Civil Veterinary Department. Madras. Admin. report 1926-33 - 1926-1933
Year: 1926
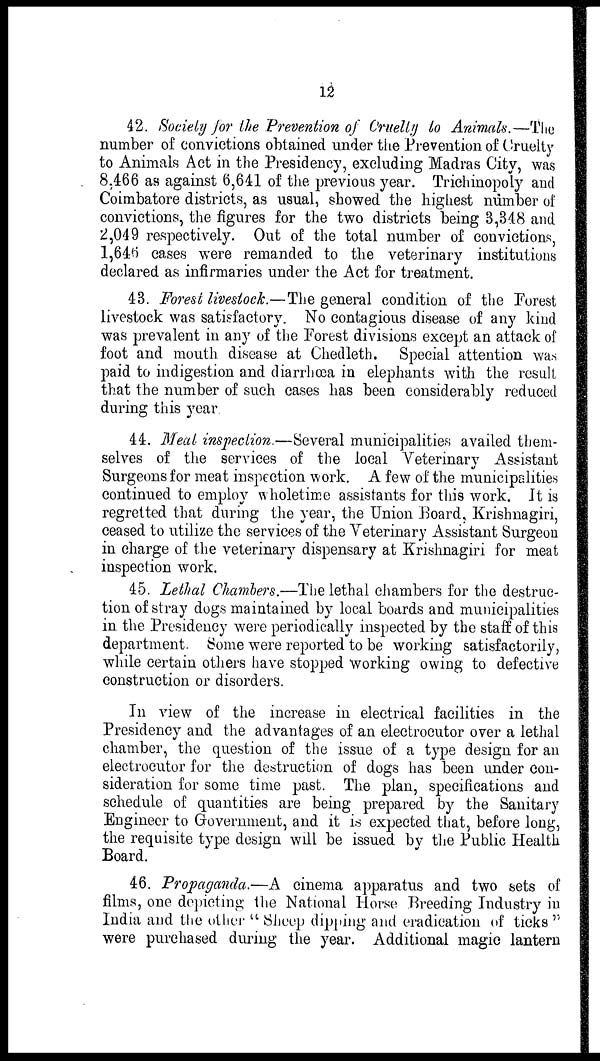
12
42. Society for the Prevention of Cruelly to Animals.—The
number of convictions obtained under the Prevention of Cruelty
to Animals Act in the Presidency, excluding Madras City, was
8,466 as against 6,641 of the previous year. Trichinopoly and
Coimbatore districts, as usual, showed the highest number of
convictions, the figures for the two districts being 3,348 and
2,049 respectively. Out of the total number of convictions,
l,646 cases were remanded to the veterinary institutions
declared as infirmaries under the Act for treatment.
43. Forest livestock.—The general condition of the Forest
livestock was satisfactory. No contagious disease of any kind
was prevalent in any of the Forest divisions except an attack of
foot and mouth disease at Chedleth. Special attention was
paid to indigestion and diarrhœa in elephants with the result
that the number of such cases has been considerably reduced
during this year.
44. Meal inspection.—Several municipalities availed them-
selves of the services of the local Veterinary Assistant
Surgeons for meat inspection work. A few of the municipalities
continued to employ wholetime assistants for this work. It is
regretted that during the year, the Union Board, Krishnagiri,
ceased to utilize the services of the Veterinary Assistant Surgeon
in charge of the veterinary dispensary at Krishnagiri for meat
inspection work.
45. Lethal Chambers.—The lethal chambers for the destruc-
tion of stray dogs maintained by local boards and municipalities
in the Presidency were periodically inspected by the staff of this
department. Some were reported to be working satisfactorily,
while certain others have stopped working owing to defective
construction or disorders.
In view of the increase in electrical facilities in the
Presidency and the advantages of an electrocutor over a lethal
chamber, the question of the issue of a type design for an
electrocutor for the destruction of dogs has been under con-
sideration for some time past. The plan, specifications and
schedule of quantities are being prepared by the Sanitary
Engineer to Government, and it is expected that, before long,
the requisite type design will be issued by the Public Health
Board.
46. Propaganda.—A cinema apparatus and two sets of
films, one depicting the National Horse Breeding Industry in
India and the other "Sheep dipping and eradication of ticks"
were purchased during the year. Additional magic lantern